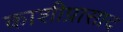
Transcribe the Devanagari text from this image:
काशीप्रासाद